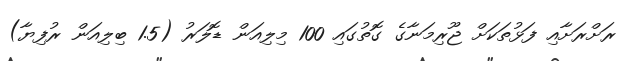
ރަށްރަށާއި ފަޅުތަކަށް ޖޫރިމަނާގެ ގޮތުގައި 100 މިލިއަން ޑޮލަރު (1.5 ބިލިއަން ރުފިޔާ)